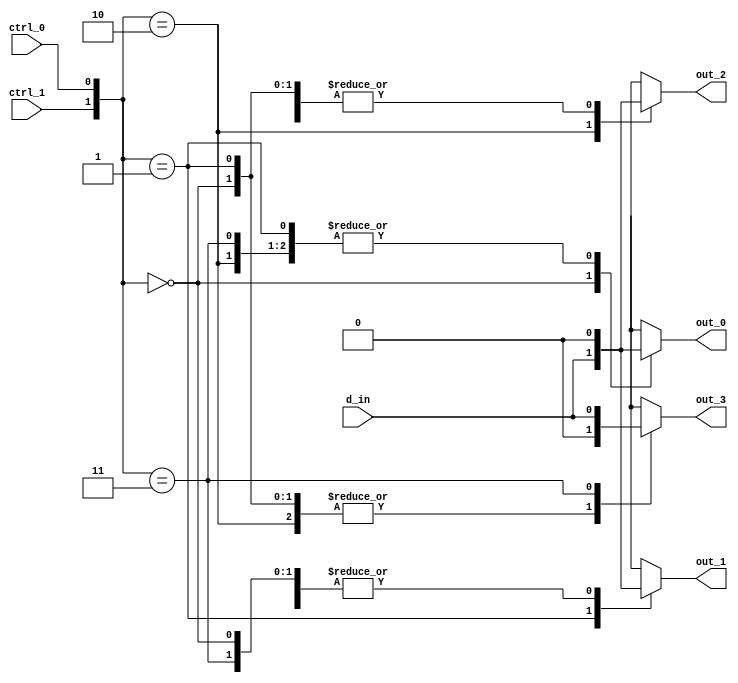
module demux_1to4 (
    input wire d_in,
    input wire ctrl_0,
    input wire ctrl_1,
    output reg out_0,
    output reg out_1,
    output reg out_2,
    output reg out_3
);

always @(*)
begin
    case({ctrl_1, ctrl_0})
        2'b00: begin
            out_0 = d_in;
            out_1 = 1'b0;
            out_2 = 1'b0;
            out_3 = 1'b0;
        end
        2'b01: begin
            out_0 = 1'b0;
            out_1 = d_in;
            out_2 = 1'b0;
            out_3 = 1'b0;
        end
        2'b10: begin
            out_0 = 1'b0;
            out_1 = 1'b0;
            out_2 = d_in;
            out_3 = 1'b0;
        end
        2'b11: begin
            out_0 = 1'b0;
            out_1 = 1'b0;
            out_2 = 1'b0;
            out_3 = d_in;
        end
    endcase
end

endmodule